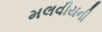
મલવીયની